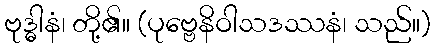
ဗုဒ္ဓါနံ၊ တို့၏။ (ပုဗ္ဗေနိဝါသဒဿနံ၊ သည်။)